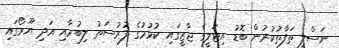
ނަސްލީ ތަފާތުކުރުން ބޮޑު އިޓަލީގެ ޖާޒީގައި ކުޅުމުގެ ފުރުސަތު ލިބުމާއި އަދި ޔޫރޯގައި